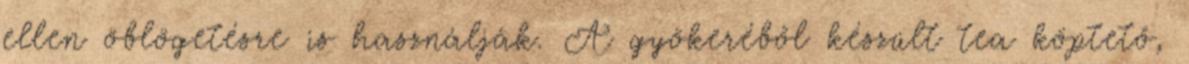
ellen öblögetésre is használják. A gyökeréből készült tea köptető,